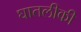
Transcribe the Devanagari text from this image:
घातलीकी